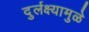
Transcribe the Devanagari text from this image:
दुर्लक्ष्यामुळे